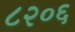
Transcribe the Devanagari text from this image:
८२०६